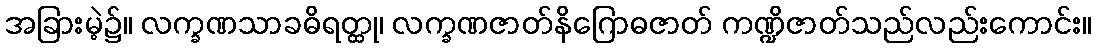
အခြားမဲ့၌။ လက္ခဏသာခဓိရတ္ထု၊ လက္ခဏဇာတ်နိဂြောဓဇာတ် ကဏ္ဍိဇာတ်သည်လည်းကောင်း။